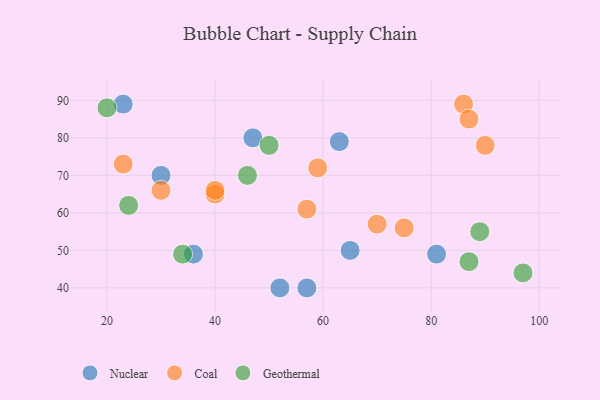
{"axis": {"x": "GDP", "y": "Life Expectancy"}, "legend": ["Coal", "Geothermal", "Nuclear"], "data": [{"x": "65", "y": 50, "type": "Nuclear"}, {"x": "63", "y": 79, "type": "Nuclear"}, {"x": "36", "y": 49, "type": "Nuclear"}, {"x": "52", "y": 40, "type": "Nuclear"}, {"x": "23", "y": 89, "type": "Nuclear"}, {"x": "81", "y": 49, "type": "Nuclear"}, {"x": "57", "y": 40, "type": "Nuclear"}, {"x": "30", "y": 70, "type": "Nuclear"}, {"x": "47", "y": 80, "type": "Nuclear"}, {"x": "59", "y": 72, "type": "Coal"}, {"x": "70", "y": 57, "type": "Coal"}, {"x": "57", "y": 61, "type": "Coal"}, {"x": "30", "y": 66, "type": "Coal"}, {"x": "40", "y": 65, "type": "Coal"}, {"x": "86", "y": 89, "type": "Coal"}, {"x": "23", "y": 73, "type": "Coal"}, {"x": "87", "y": 85, "type": "Coal"}, {"x": "40", "y": 66, "type": "Coal"}, {"x": "90", "y": 78, "type": "Coal"}, {"x": "75", "y": 56, "type": "Coal"}, {"x": "24", "y": 62, "type": "Geothermal"}, {"x": "46", "y": 70, "type": "Geothermal"}, {"x": "34", "y": 49, "type": "Geothermal"}, {"x": "50", "y": 78, "type": "Geothermal"}, {"x": "89", "y": 55, "type": "Geothermal"}, {"x": "97", "y": 44, "type": "Geothermal"}, {"x": "87", "y": 47, "type": "Geothermal"}, {"x": "20", "y": 88, "type": "Geothermal"}]}